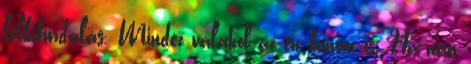
lelkifurdalás. Mindez valahol az én bűnöm is. Ha nem